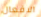
الافعال